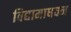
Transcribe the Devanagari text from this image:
विद्यामाधवन